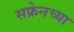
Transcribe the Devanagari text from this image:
सफ्रेनच्या